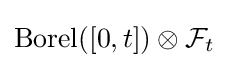
\mathrm {Borel} ([0,t])\otimes {\mathcal {F}}_{t}